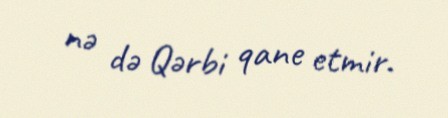
nə də Qərbi qane etmir.